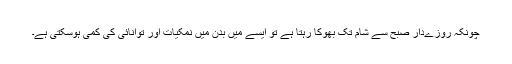
چونکہ روزےدار صبح سے شام تک بھوکا رہتا ہے تو ایسے میں بدن میں نمکیات اور توانائی کی کمی ہوسکتی ہے۔